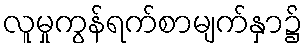
လူမှုကွန်ရက်စာမျက်နှာ၌